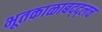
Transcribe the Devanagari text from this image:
भूतकाळाबद्द्लच